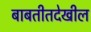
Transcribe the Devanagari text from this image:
बाबतीतदेखील